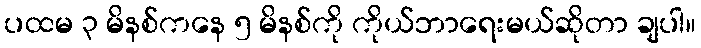
ပထမ ၃ မိနစ်ကနေ ၅ မိနစ်ကို ကိုယ်ဘာရေးမယ်ဆိုတာ ချပါ။